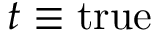
t \equiv \mathrm { t r u e }